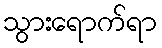
သွားရောက်ရာ